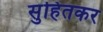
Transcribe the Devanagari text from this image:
सुहितकर